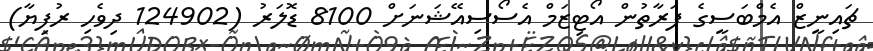
ޗައިނީޒް އެމްބަސީގެ ފަރާތުން އޯޓިޒަމް އެސޯސިއޭޝަނަށް 8100 ޑޮލަރު (124902 ދިވެހި ރުފިޔާ)